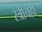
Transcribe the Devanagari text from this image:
स्त्रीचेही